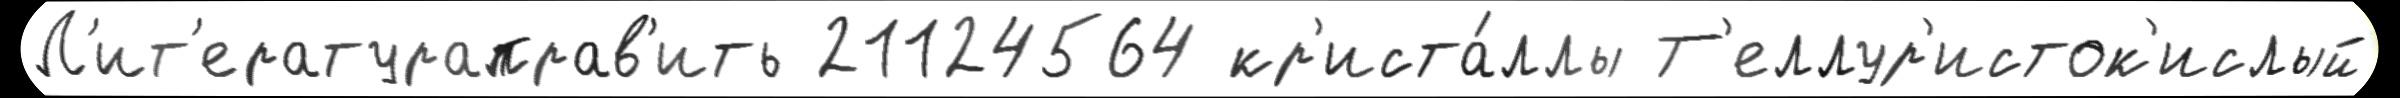
Л'ит'ератураправ'ить 21124564 кр'иста́ллы Т'еллур'исток'ислый